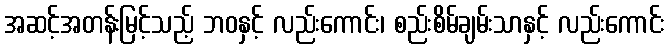
အဆင့်အတန်းမြင့်သည့် ဘဝနှင့် လည်းကောင်း၊ စည်းစိမ်ချမ်းသာနှင့် လည်းကောင်း